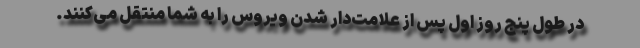
در طول پنج روز اول پس از علامت‌دار شدن ویروس را به شما منتقل می‌کنند.